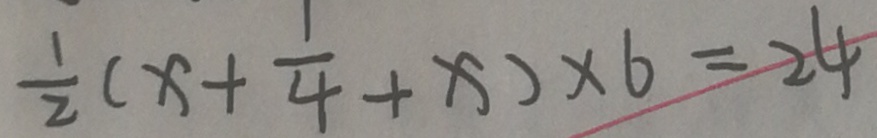
\frac { 1 } { 2 } ( x + \frac { 1 } { 4 } + x ) \times 6 = 2 4